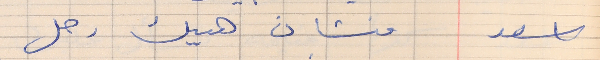
اسعد        مشان هيك رحل